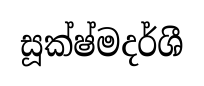
සූක්ෂ්මදර්ශී